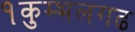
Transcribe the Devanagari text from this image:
१कुम्भलगढ